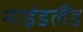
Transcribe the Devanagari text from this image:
माइंडलैंड